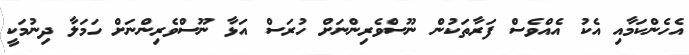
އެހެންކަމާއި އެކު އެއްވެސް ފަރާތަކުން ނޫސްވެރިންނަށް ހުރަސް އަޅާ ނޫސްވެރިންނަށް ހަމަލާ ދިނުމަކީ